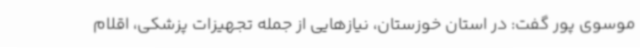
موسوی پور گفت: در استان خوزستان، نیازهایی از جمله تجهیزات پزشکی، اقلام